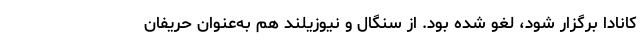
کانادا برگزار شود، لغو شده بود. از سنگال و نیوزیلند هم به‌عنوان حریفان